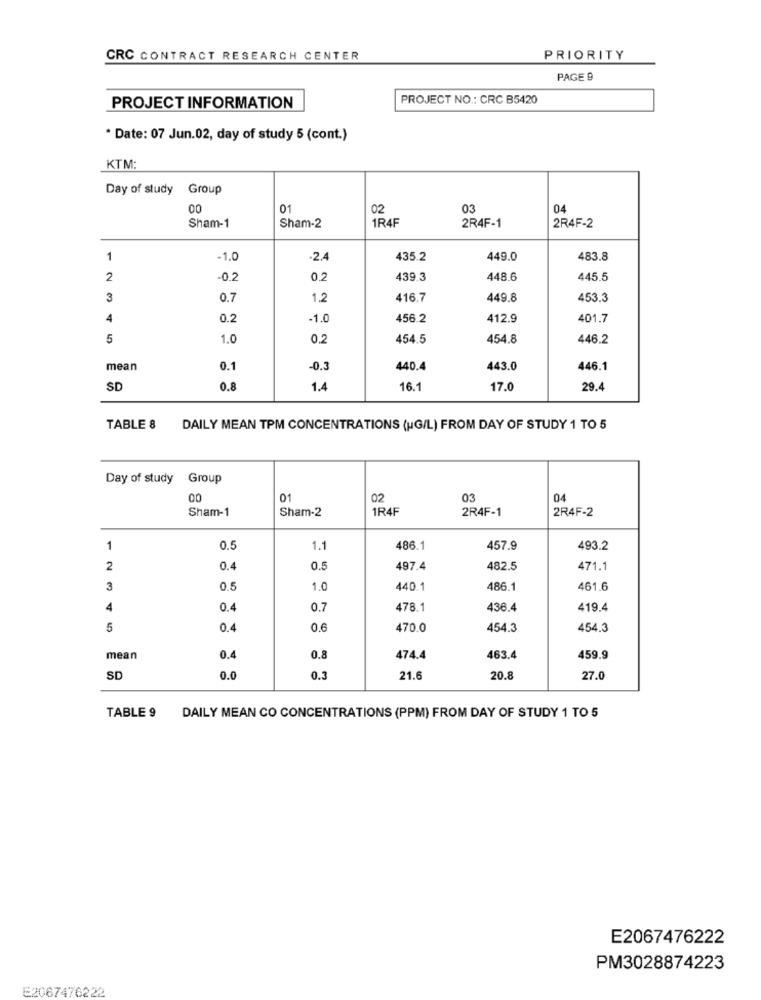
CRC CONTRACT RESEARCH CENTER
PRIORITY
PAGE 9
PROJECT NO .: CRC B5420
PROJECT INFORMATION
* Date: 07 Jun.02, day of study 5 (cont.)
KTM:
Day of study Group
00
01
02
03
04
Sham-1
Sham-2
1R4F
2R4F-1
2R4F-2
1
-1.0
2.4
435.2
449.0
483.8
2
-0.2
0.2
439.3
448.6
445.5
3
0.7
1.2
416.7
449.8
453.3
4
0.2
-1.0
456.2
412.9
401.7
5
1.0
0.2
454.5
454.8
446.2
mean
0.1
-0.3
440.4
443.0
446.1
SD
0.8
1.4
16.1
17.0
29.4
TABLE 8
DAILY MEAN TPM CONCENTRATIONS (HG/L) FROM DAY OF STUDY 1 TO 5
Day of study Group
00
01
02
03
04
Sham-1
Sham-2
1R4F
2R4F-1
2R4F-2
1
0.5
1.1
486.1
457.9
493.2
2
0.4
0.5
497.4
482.5
471.1
3
0.5
1.0
440.1
486.1
461.6
4
0.4
0.7
478.1
436.4
419.4
5
0.4
0.6
470.0
454.3
454.3
mean
0.4
0.8
474.4
463.4
459.9
SD
0.0
0.3
21.6
20.8
27.0
TABLE 9
DAILY MEAN CO CONCENTRATIONS (PPM) FROM DAY OF STUDY 1 TO 5
E2067476222
PM3028874223
E2067476222